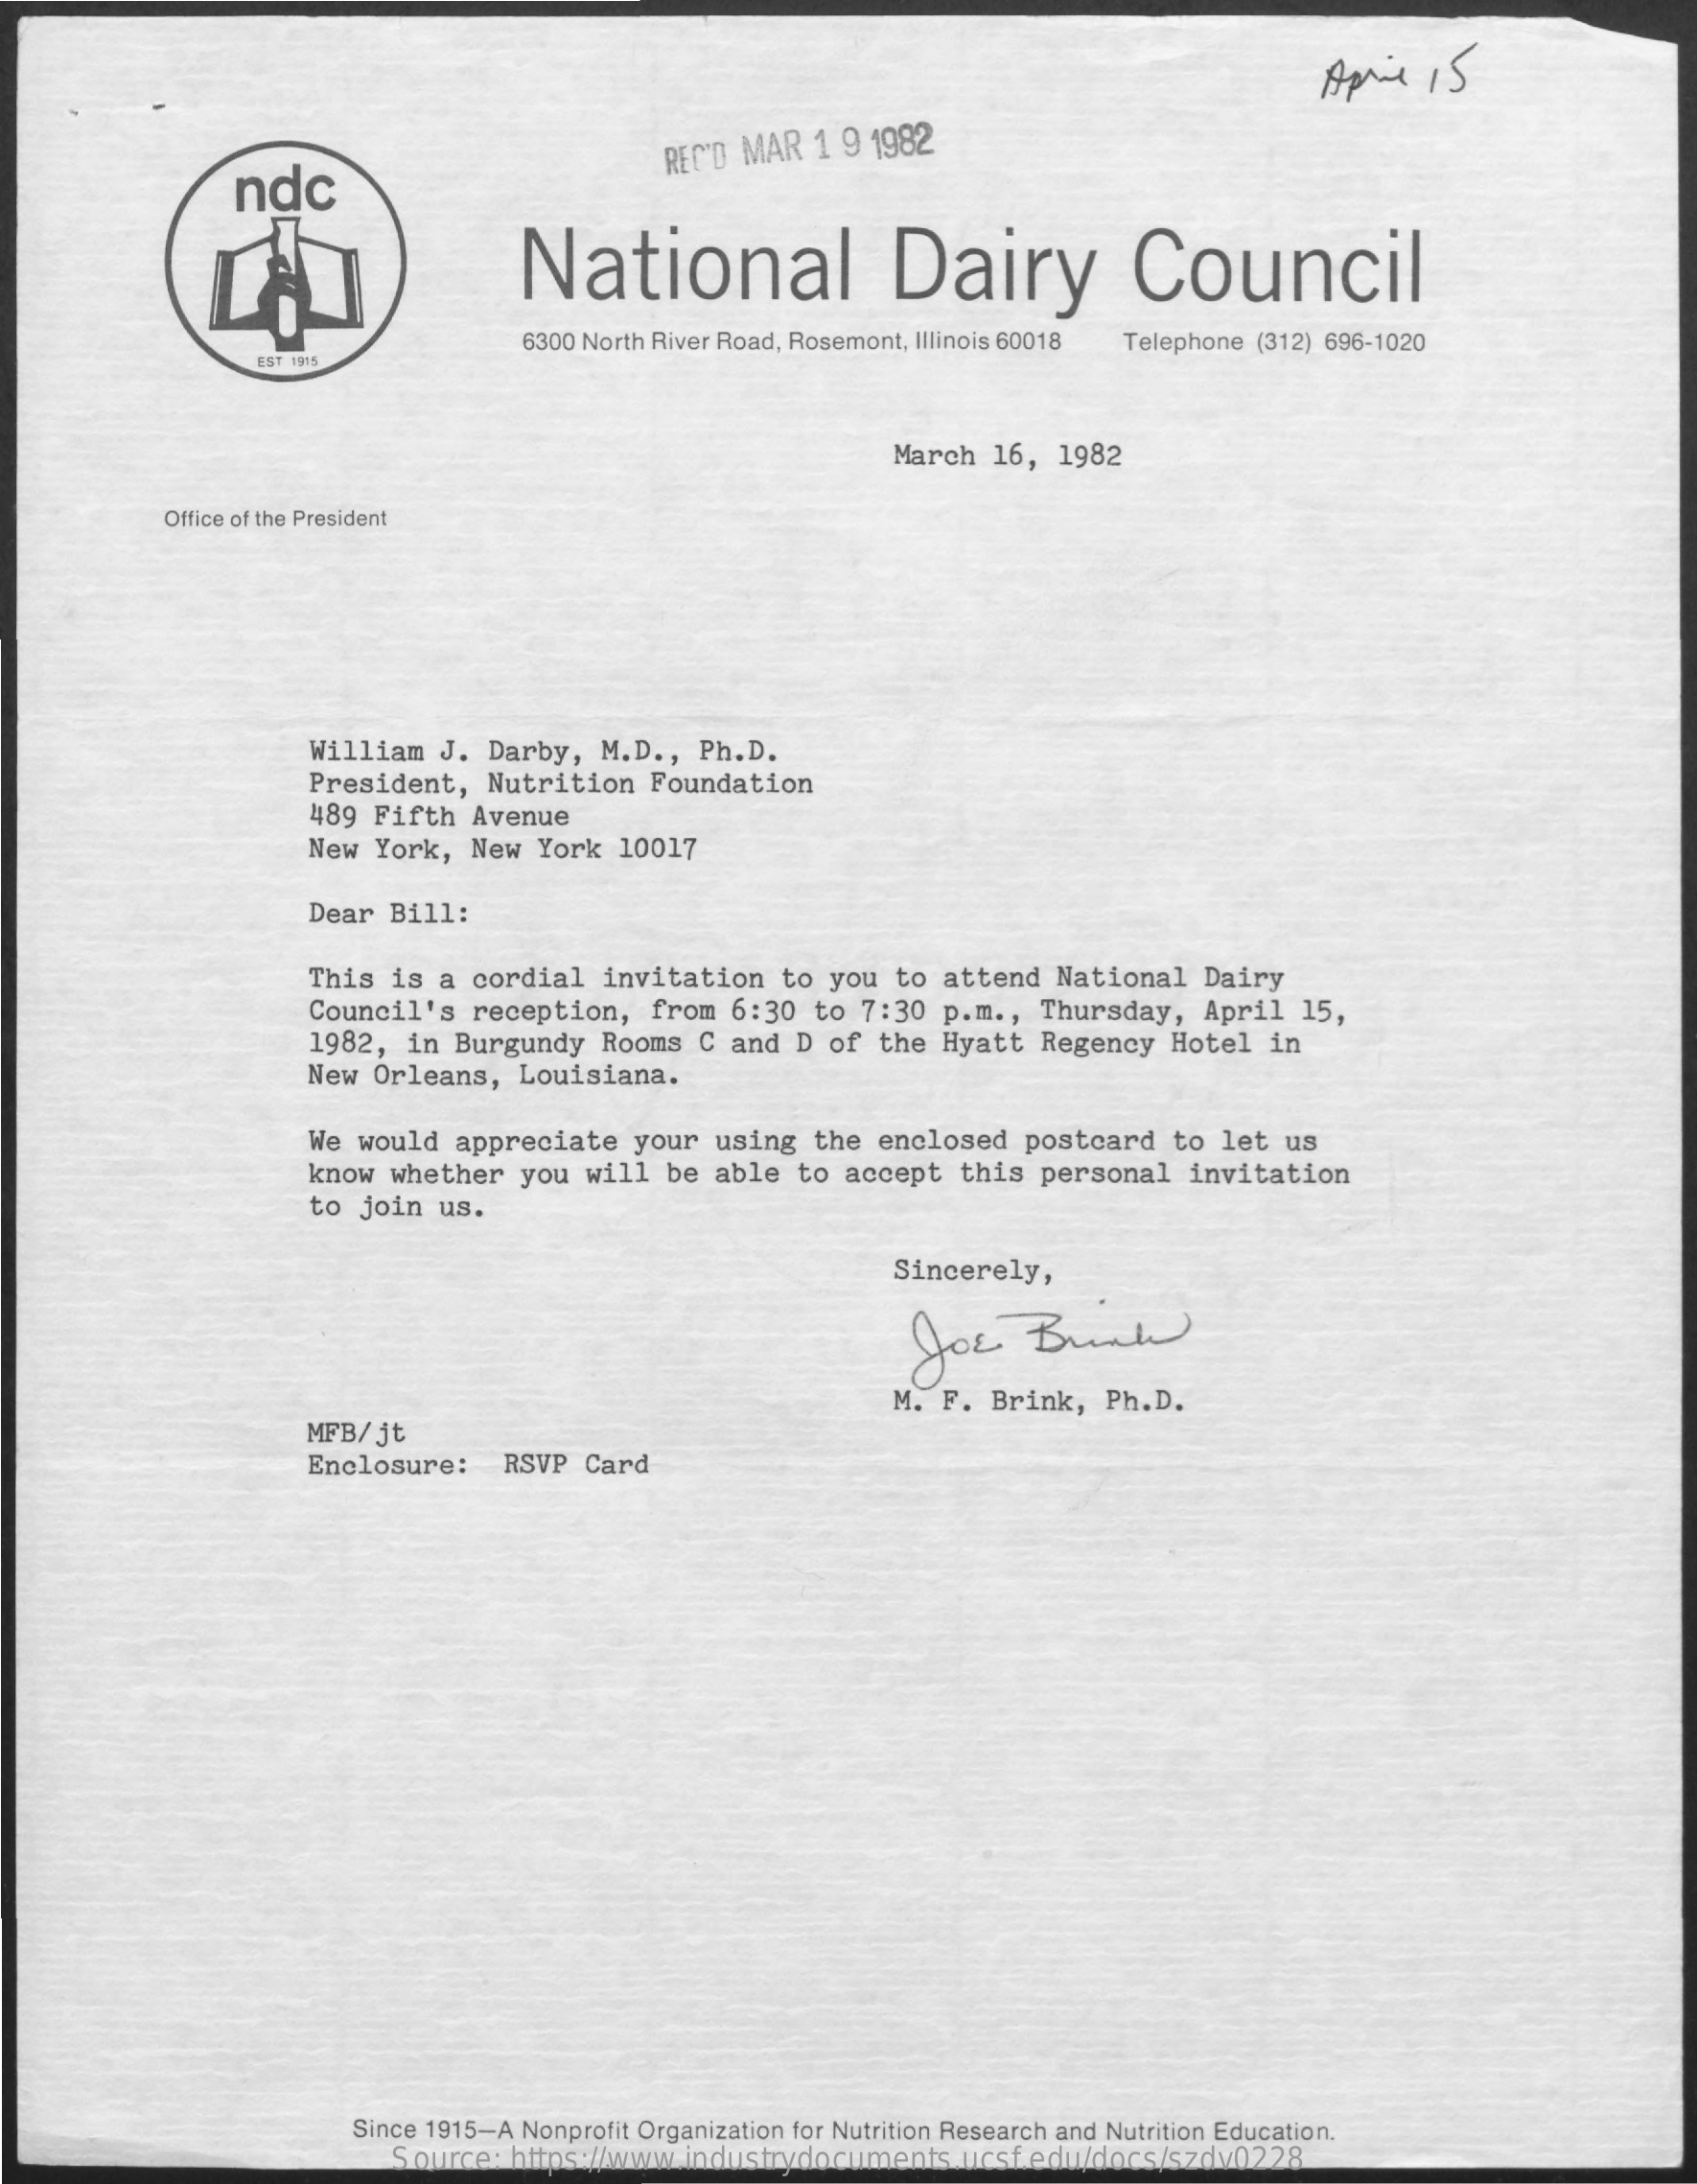
April   15
     ndc
     REC'D MAR  1 9 1982
     National    Dairy    Council
     6300 North River Road, Rosemont, Illinois 60018 Telephone (312) 696-1020
     EST 1965
     March   16,  1982
     Office of the President
     William   J.  Darby,  M.D ., Ph.D.
     President,   Nutrition    Foundation
     489 Fifth  Avenue
     New  York,  New  York   10017
     Dear  Bill:
     This is  a cordial   invitation    to you   to attend   National   Dairy
     Council's    reception,   from  6:30  to  7:30  p.m .,  Thursday,   April  15,
     1982,  in Burgundy   Rooms   C and  D of  the  Hyatt  Regency   Hotel   in
     New  Orleans,   Louisiana.
     We  would  appreciate    your  using  the  enclosed   postcard   to  let  us
     know  whether   you  will  be  able  to  accept  this  personal    invitation
     to join  us.
     Sincerely,
     Joe    Bunk
     M. F. Brink,   Ph.D.
     MFB/  jt
     Enclosure:    RSVP  Card
     Since 1915-A Nonprofit Organization for Nutrition Research and Nutrition Education.
     Source:  https://www.industrydocuments.ucsf.edu/docs/szdv0228